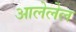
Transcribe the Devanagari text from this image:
आलेलेल